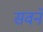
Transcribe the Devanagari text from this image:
सवने